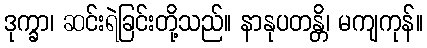
ဒုက္ခာ၊ ဆင်းရဲခြင်းတို့သည်။ နာနုပတန္တိ၊ မကျကုန်။